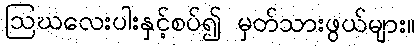
ဩဃလေးပါးနှင့်စပ်၍ မှတ်သားဖွယ်များ။